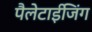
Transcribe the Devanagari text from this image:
पैलेटाईजिंग